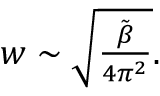
\begin{array} { r } { w \sim \sqrt { \frac { \tilde { \beta } } { 4 \pi ^ { 2 } } } . } \end{array}